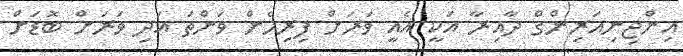
އިންޖިނިއަރިންގް ދާއިރާ އަކީ އެއީ ވަރަށް ފިރިހެން ވަންތަ އަދި ވަރަށް ބޮޑަށް